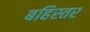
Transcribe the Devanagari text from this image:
बहिस्तर